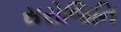
સરોજિનિ